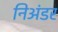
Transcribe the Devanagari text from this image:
निअंडर